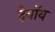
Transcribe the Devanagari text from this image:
देवॉय